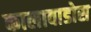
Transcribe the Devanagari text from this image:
कालावाडोस